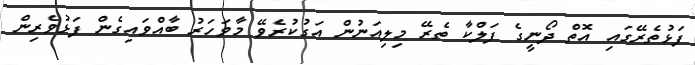
ފަޅުތެރޭގައި އޮތް ދޯނީގެ ފަލްކާ ތެރޭ މިލިއަނުން އަގުކުރެވޭ މާވަހަރު ބާއްވައިގެން ފަޅުވެރިން